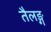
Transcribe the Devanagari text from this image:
तैलङ्ग